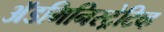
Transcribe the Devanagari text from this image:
अॅडमिनिस्ट्रेटिव्ह